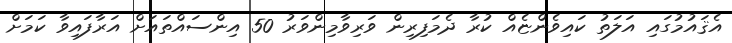
އެޤައުމުގައި އަލަތު ކައިވެންޏެއް ކުރާ ދެމަފިރިން ވަރިވާމިންވަރު 50 އިންސައްތައަށް އަރާފައިވާ ކަމަށް